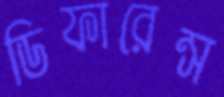
ডিফারেন্স